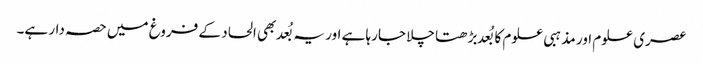
عصری علوم اور مذہبی علوم کا بُعد بڑھتا چلا جارہا ہے اور یہ بُعد بھی الحاد کے فروغ میں حصہ دار ہے۔